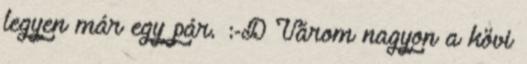
legyen már egy pár. :-D Várom nagyon a kövi